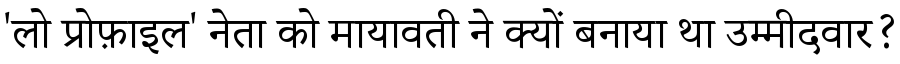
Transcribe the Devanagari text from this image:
'लो प्रोफ़ाइल' नेता को मायावती ने क्यों बनाया था उम्मीदवार?